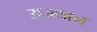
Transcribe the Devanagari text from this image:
राजथान